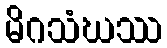
မိဂသံဃဿ